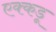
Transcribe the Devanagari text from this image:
एक्कडू